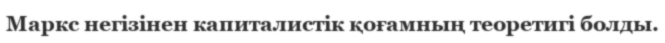
Маркс негізінен капиталистік қоғамның теоретигі болды.